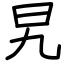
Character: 旯